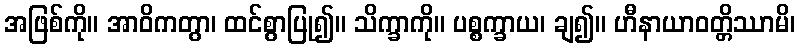
အဖြစ်ကို။ အာဝိကတွာ၊ ထင်စွာပြု၍။ သိက္ခာကို။ ပစ္စက္ခာယ၊ ချ၍။ ဟီနာယာဝတ္တိဿာမိ၊